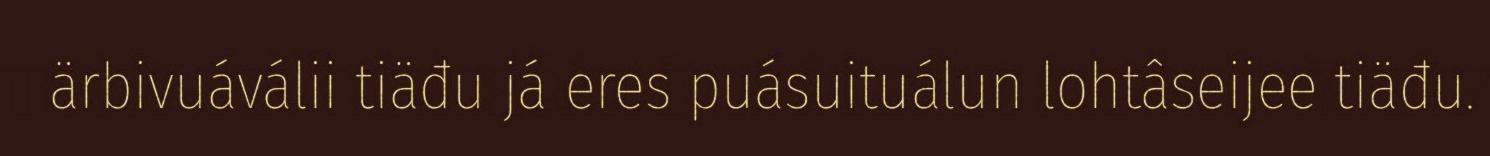
ärbivuáválii tiäđu já eres puásuituálun lohtâseijee tiäđu.